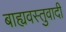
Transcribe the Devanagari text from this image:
बाह्यवस्तुवादी